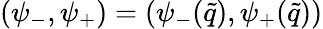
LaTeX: (\psi_{-},\psi_{+})=(\psi_{-}(\tilde{q}),\psi_{+}(\tilde{q}))